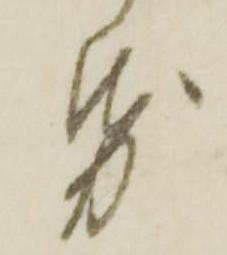
帋